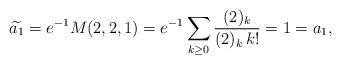
LaTeX: \begin{align*}\widetilde{a_1} = e^{-1}M(2,2,1) = e^{-1}\sum_{k\ge 0}\frac{(2)_k}{(2)_k\,k!}= 1 = a_1,\end{align*}